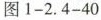
图1-2.4-40